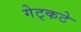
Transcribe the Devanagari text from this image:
गेट्कटे